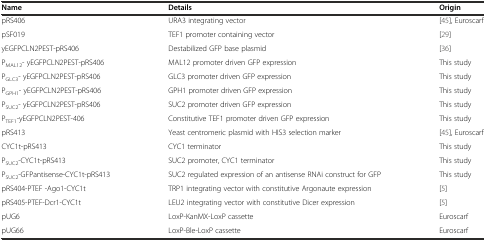
<table><thead><tr><td><b>Name</b></td><td><b>Details</b></td><td><b>Origin</b></td></tr></thead><tbody><tr><td>pRS406</td><td>URA3 integrating vector</td><td>[45], Euroscarf</td></tr><tr><td>pSF019</td><td>TEF1 promoter containing vector</td><td>[29]</td></tr><tr><td>yEGFPCLN2PEST-pRS406</td><td>Destabilized GFP base plasmid</td><td>[36]</td></tr><tr><td>P<sub>MAL12</sub>- yEGFPCLN2PEST-pRS406</td><td>MAL12 promoter driven GFP expression</td><td>This study</td></tr><tr><td>P<sub>GLC3</sub>- yEGFPCLN2PEST-pRS406</td><td>GLC3 promoter driven GFP expression</td><td>This study</td></tr><tr><td>P<sub>GPH1</sub>- yEGFPCLN2PEST-pRS406</td><td>GPH1 promoter driven GFP expression</td><td>This study</td></tr><tr><td>P<sub>SUC2</sub>- yEGFPCLN2PEST-pRS406</td><td>SUC2 promoter driven GFP expression</td><td>This study</td></tr><tr><td>P<sub>TEF1</sub>-yEGFPCLN2PEST-406</td><td>Constitutive TEF1 promoter driven GFP expression</td><td>This study</td></tr><tr><td>pRS413</td><td>Yeast centromeric plasmid with HIS3 selection marker</td><td>[45], Euroscarf</td></tr><tr><td>CYC1t-pRS413</td><td>CYC1 terminator</td><td>This study</td></tr><tr><td>P<sub>SUC2</sub>-CYC1t-pRS413</td><td>SUC2 promoter, CYC1 terminator</td><td>This study</td></tr><tr><td>P<sub>SUC2</sub>-GFPantisense-CYC1t-pRS413</td><td>SUC2 regulated expression of an antisense RNAi construct for GFP</td><td>This study</td></tr><tr><td>pRS404-PTEF -Ago1-CYC1t</td><td>TRP1 integrating vector with constitutive Argonaute expression</td><td>[5]</td></tr><tr><td>pRS405-PTEF-Dcr1-CYC1t</td><td>LEU2 integrating vector with constitutive Dicer expression</td><td>[5]</td></tr><tr><td>pUG6</td><td>LoxP-KanMX-LoxP cassette</td><td>Euroscarf</td></tr><tr><td>pUG66</td><td>LoxP-Ble-LoxP cassette</td><td>Euroscarf</td></tr></tbody></table>